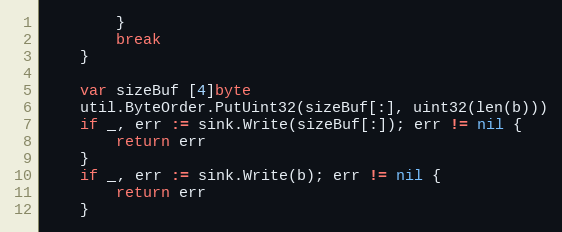
Language: Go
		}
		break
	}

	var sizeBuf [4]byte
	util.ByteOrder.PutUint32(sizeBuf[:], uint32(len(b)))
	if _, err := sink.Write(sizeBuf[:]); err != nil {
		return err
	}
	if _, err := sink.Write(b); err != nil {
		return err
	}